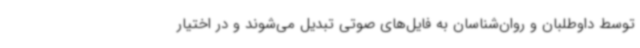
توسط داوطلبان و روان‌شناسان به فایل‌های صوتی تبدیل می‌شوند و در اختیار